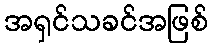
အရှင်သခင်အဖြစ်